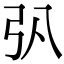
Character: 𢎬